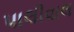
પાલીવાલ